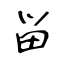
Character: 畄